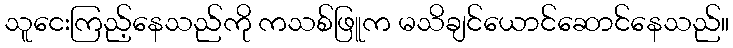
သူငေးကြည့်နေသည်ကို ကသစ်ဖြူက မသိချင်ယောင်ဆောင်နေသည်။